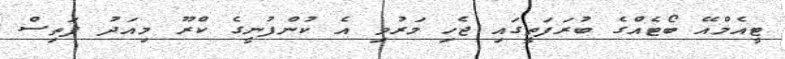
ޓީއެމްއޭ ބޯޓެއްގެ ބުރަފަތީގައި ޖެހި މަރުވި އެ ކުންފުނީގެ ކްރޫ މިއަދު ފަތިސް